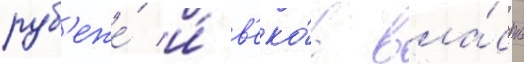
руб'еже́ и́ в'еко́в вла́сть